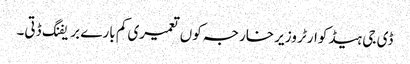
ڈی جی ہیڈ کوارٹر وزیر خارجہ کوں تعمیری کم بارے بریفنگ ڈتی۔